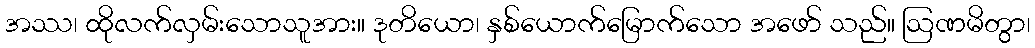
အဿ၊ ထိုလက်လှမ်းသောသူအား။ ဒုတိယော၊ နှစ်ယောက်မြောက်သော အဖော် သည်။ ဩဏမိတွာ၊